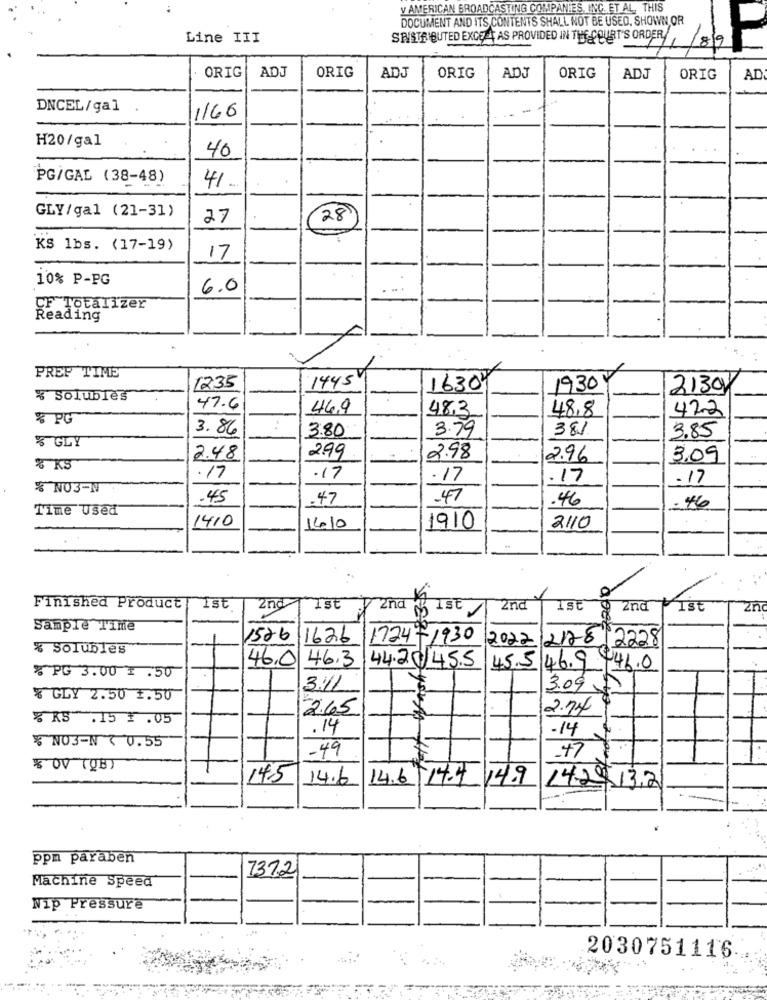
y AMERICAN BROADCASTING COMPANIES, INC. ET AL. THIS
DOCUMENT AND ITS CONTENTS SHALL NOT BE USED, SHOWN, OR
Line III
SPISTRIBUTED EXCEL AS PROVIDED IN THE COURT'S ORDER
1/8/9
ADJ
ORIG
ADJ
ADT
ORIG
ORIG
ORIG
ADJ
ORIG
AD
DNCEL/gal
1166
H20/gal
40
-
PG/GAL (38-48)
41.
-
GLY/gal (21-31)
27
28
KS lbs. (17-19)
17
10% P-PG
6.0
OF Totalizer
Reading
PREP TIME
1445
1235
16304
1930
2130
% Solubles
47.6
46,9
48,3
48,8
422
% PG
3.86
3.80
3.79
381
3.85
% GLY
2.48
2.99
2.98
2.96
3.09
% KS
17
.17
. 17
.17
.17
% NO3-N
.45
.47
.47
.46
Time Used
- 46
1410
1410
1910
2110
Finished Product
ist
2nd
Ist
2nd
1st
2nd
1st
2nd
ape
2n
Sample Time
1526
1626
1724-1930 2022 2128 2228
% Solubles
46.0
46.3
44.20 45.5
45.5 46.9.446.0
% PG 3.00 1 .50
3.41
3.097
GLY 2.50 1.50
2.65
2.74
% R$ .15 .05
.14
-14
NO3-N 7 0.55
-49
145
14.6
14.6/14.4
14.9
142913,2
ppn paraben
737.2
Machine Speed
Nip Pressure
2030751116